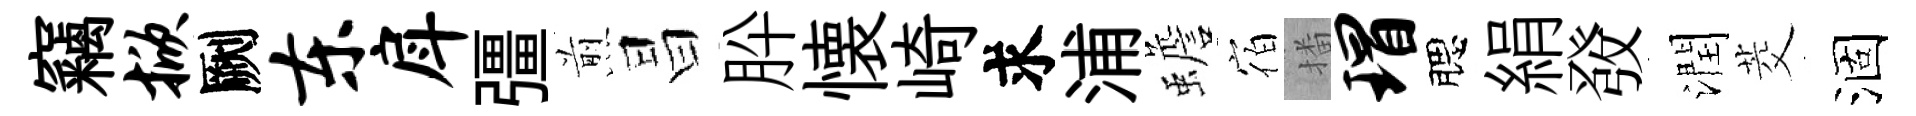
竊掀劂东戽彊煎昌肸懐崎求浦蟾宿播瑁腮絹𤼲潤茭涸